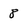
Character: 8